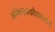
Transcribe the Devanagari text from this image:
अभिनयकौशल्यात